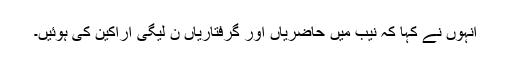
انہوں نے کہا کہ نیب میں حاضریاں اور گرفتاریاں ن لیگی اراکین کی ہوئیں۔